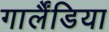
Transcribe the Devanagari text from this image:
गार्लैंडिया